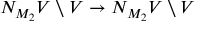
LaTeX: N _ { M _ { 2 } } V \setminus V \to N _ { M _ { 2 } } V \setminus V